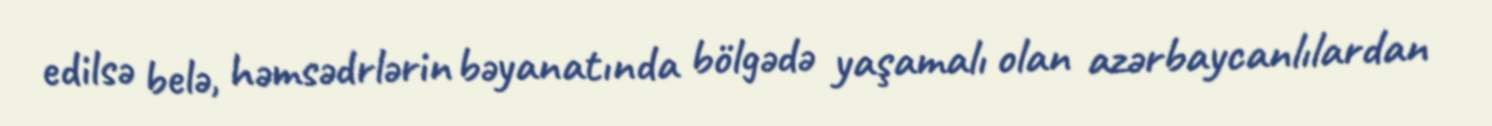
edilsə belə, həmsədrlərin bəyanatında bölgədə yaşamalı olan azərbaycanlılardan